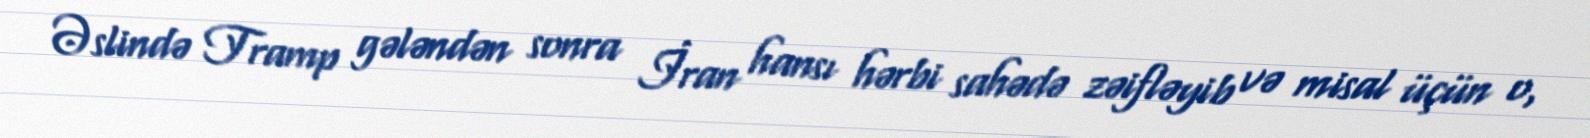
Əslində Tramp gələndən sonra İran hansı hərbi sahədə zəifləyib və misal üçün o,